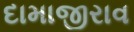
દામાજીરાવ